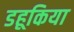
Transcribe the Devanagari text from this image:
डहूकिया